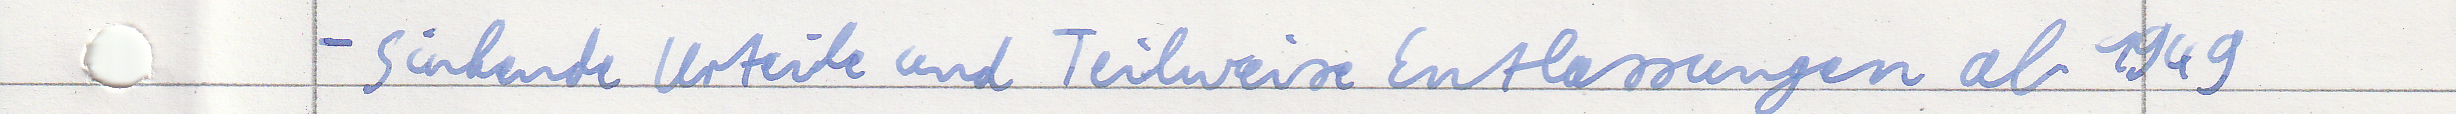
- Sinkende Urteile und Teilweise Entlassungen ab 1949